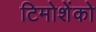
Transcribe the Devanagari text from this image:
टिमोशेंको